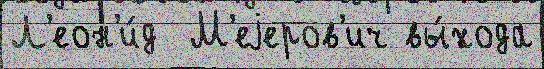
Л'еон'и́д  М'еjеров'ич вы́хода